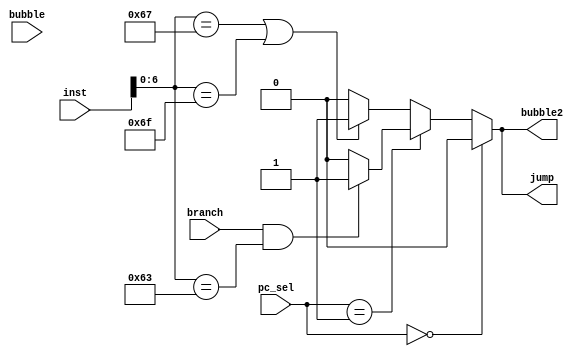
module jump_test(
	input [31:0] inst,//IF_inst
    input branch,//EX_branch
    input [1:0] pc_sel,//EX_pc_sel
input bubble,
	output reg bubble2,
    output reg jump//IF_jump
	
    );
    reg pc_sel_2;//=1 
    
    always@(*)
    begin
        if(pc_sel == 2'b00)
        begin
            jump = 0;
	bubble2 = 0;
        end  
        else if(pc_sel == 2'b01)
        begin
            if(branch == 1 && inst[6:0] == 7'b1100011)
            begin
               	bubble2 = 1;
                jump = 1;
            end
            else
            begin
	bubble2 = 0;
                jump = 0;
            end    
        end
        else 
	begin
	if(inst[6:0] == 7'b1100111 || inst[6:0] == 7'b1101111)
	 begin
	bubble2 = 1;
                jump = 1;
	end
	else 
	begin
	bubble2 = 0;
                jump = 0;
	end
	end
	
        
    end
endmodule